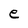
Character: e